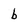
Character: b